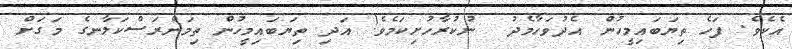
އެކެވެ. ފަހެ ތިޔަބައިމީހުން އެދުވަހާމެދު  ނުކުރާހުށިކަމެވެ! އަދި ތިޔަބައިމީހުން ތިމަންރަސްކަލާނގެ މަގަށް